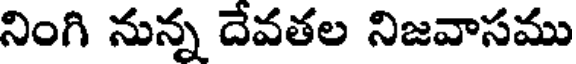
నింగి నున్న దేవతల నిజవాసము